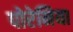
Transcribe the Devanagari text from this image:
पोरेनिया